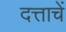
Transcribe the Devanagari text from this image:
दत्ताचें